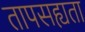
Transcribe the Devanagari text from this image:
तापसह्यता